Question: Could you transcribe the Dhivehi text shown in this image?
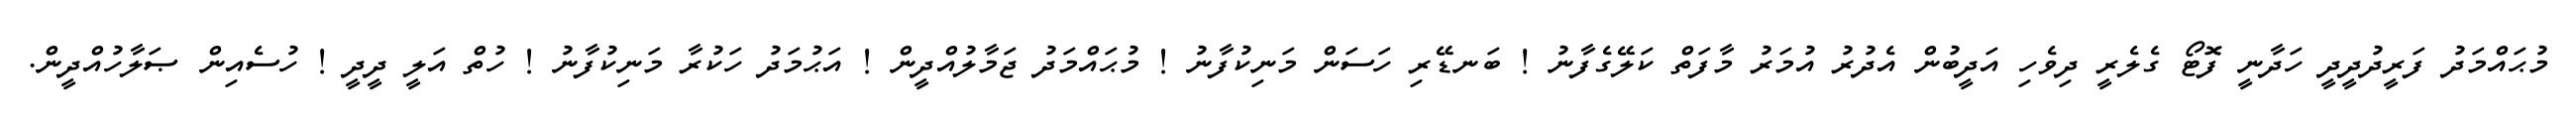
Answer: މުޙައްމަދު ފަރީދުދީދީ ހަދާނީ ފޮޓޯ ގެލެރީ ދިވެހި އަދީބުން އެދުރު އުމަރު މާފަތް ކަލޭގެފާނު ! ބަނޑޭރި ހަސަން މަނިކުފާނު ! މުޙައްމަދު ޖަމާލުއްދީން ! އަޙުމަދު ހަކުރާ މަނިކުފާނު ! ހުތް އަލީ ދީދީ ! ހުސެއިން ޞަލާހުއްދީން.